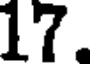
17.